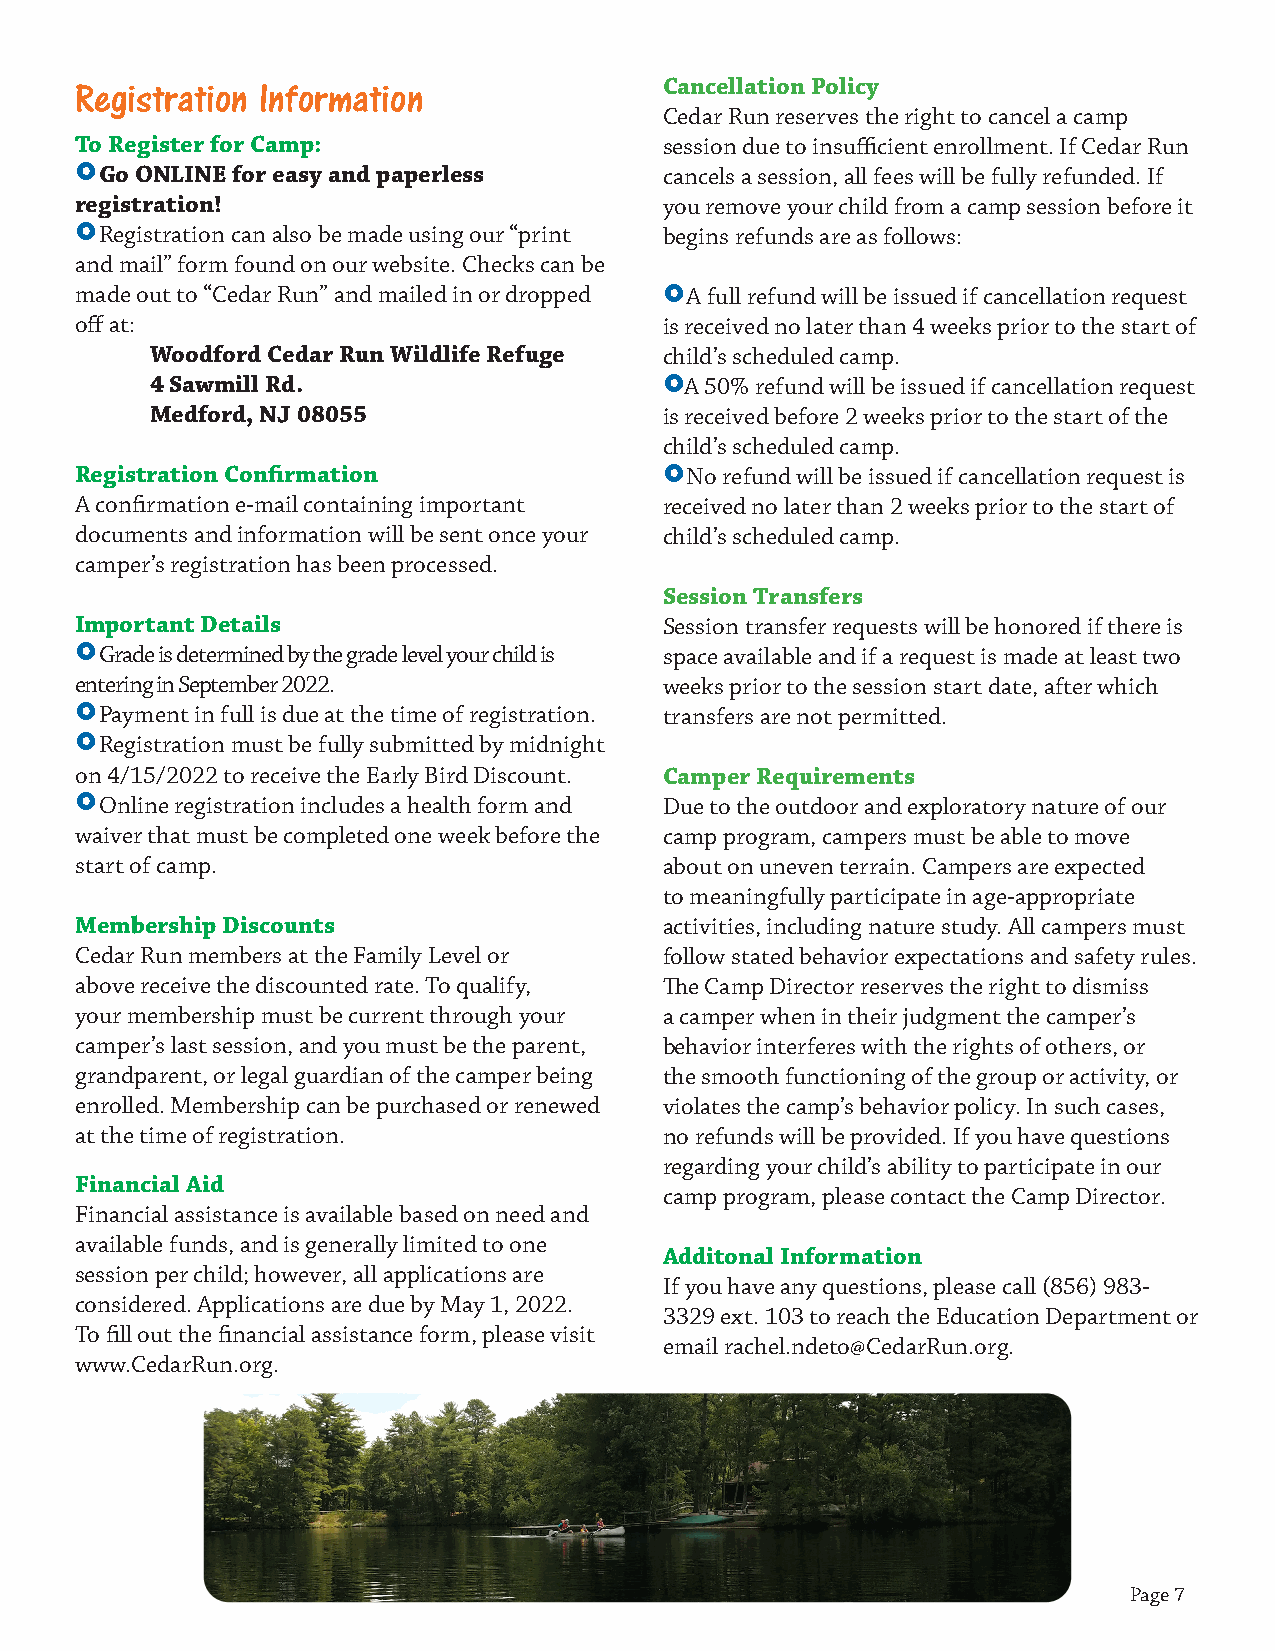
Registration Information               Cancellation Policy
 Cedar Run reserves the right to cancel a camp
 To Register for Camp:                  session due to insufficient enrollment. If Cedar Run
  Go ONLINE for easy and paperless     cancels a session, all fees will be fully refunded. If
 registration!                          you remove your child from a camp session before it
  Registration can also be made using our “print begins refunds are as follows:
 and mail” form found on our website. Checks can be
 made out to “Cedar Run” and mailed in or dropped  A full refund will be issued if cancellation request
 off at:                                is received no later than 4 weeks prior to the start of
 Woodford Cedar Run Wildlife Refuge child’s scheduled camp.
 4 Sawmill Rd.                     A 50% refund will be issued if cancellation request
 Medford, NJ 08055                 is received before 2 weeks prior to the start of the
 child’s scheduled camp.
 Registration Confirmation               No refund will be issued if cancellation request is
 A confirmation e-mail containing important received no later than 2 weeks prior to the start of
 documents and information will be sent once your child’s scheduled camp.
 camper’s registration has been processed.
 Session Transfers
 Important Details                      Session transfer requests will be honored if there is
  Grade is determined by the grade level your child is space available and if a request is made at least two
 entering in September 2022.            weeks prior to the session start date, after which
  Payment in full is due at the time of registration. transfers are not permitted.
  Registration must be fully submitted by midnight
 on 4/15/2022 to receive the Early Bird Discount. Camper Requirements
  Online registration includes a health form and Due to the outdoor and exploratory nature of our
 waiver that must be completed one week before the camp program, campers must be able to move
 start of camp.                         about on uneven terrain. Campers are expected
 to meaningfully participate in age-appropriate
 Membership Discounts                   activities, including nature study. All campers must
 Cedar Run members at the Family Level or follow stated behavior expectations and safety rules.
 above receive the discounted rate. To qualify, The Camp Director reserves the right to dismiss
 your membership must be current through your a camper when in their judgment the camper’s
 camper’s last session, and you must be the parent, behavior interferes with the rights of others, or
 grandparent, or legal guardian of the camper being the smooth functioning of the group or activity, or
 enrolled. Membership can be purchased or renewed violates the camp’s behavior policy. In such cases,
 at the time of registration.           no refunds will be provided. If you have questions
 regarding your child’s ability to participate in our
 Financial Aid
 camp program, please contact the Camp Director.
 Financial assistance is available based on need and
 available funds, and is generally limited to one
 Additonal Information
 session per child; however, all applications are
 If you have any questions, please call (856) 983-
 considered. Applications are due by May 1, 2022.
 3329 ext. 103 to reach the Education Department or
 To fill out the financial assistance form, please visit
 email rachel.ndeto@CedarRun.org.
 www.CedarRun.org.
 Page 7